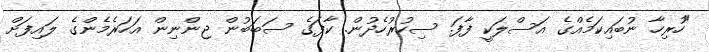
"ހުރިހާ ނުބައިކަމެއްގެ އަސްލަކީ ފާފަ. ސިހުރުހެދުން. ކާފަގެ ސަބަބުން ޖިންނިން އަހަރެމެންގެ ލައިފަށް